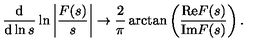
\frac { \mathrm { d } } { \mathrm { d } \ln s } \ln \left| \frac { F ( s ) } { s } \right| \rightarrow \frac { 2 } { \pi } \arctan \left( \frac { \mathrm { R e } F ( s ) } { \mathrm { I m } F ( s ) } \right) .